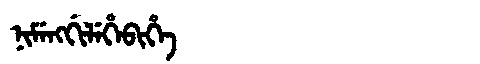
Manchu: ᠨᡳᠮᡝᠩᡤᡳᠯᡝᡥᡝᠪᡳᡥᡝ
Romanization: NIMENGGILEHEBIHE